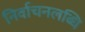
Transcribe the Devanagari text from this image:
निर्वाचनलब्धि